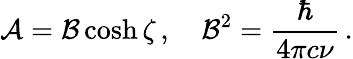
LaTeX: {\cal A}={\cal B}\cosh\zeta\, ,\quad{\cal B}^{2}=\frac{\hbar}{4\pi c\nu}\, .